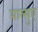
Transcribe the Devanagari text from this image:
मात्सुए